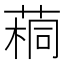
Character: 𫈷